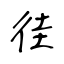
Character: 徍